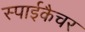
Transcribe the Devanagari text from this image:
स्पाईकैचर